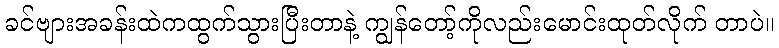
ခင်ဗျားအခန်းထဲကထွက်သွားပြီးတာနဲ့ ကျွန်တော့်ကိုလည်းမောင်းထုတ်လိုက် တာပဲ။